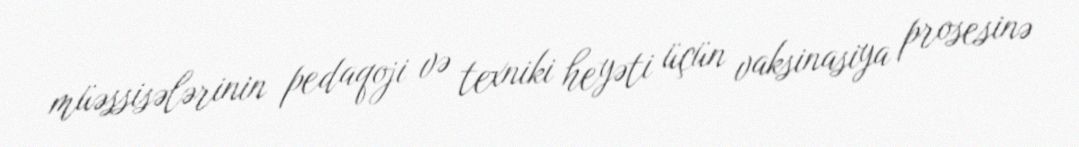
müəssisələrinin pedaqoji və texniki heyəti üçün vaksinasiya prosesinə